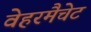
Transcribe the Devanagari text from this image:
वेहरमैचेट